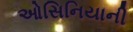
ઓસિનિયાની